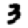
Digit: 3